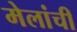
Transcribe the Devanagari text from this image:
मेलांची